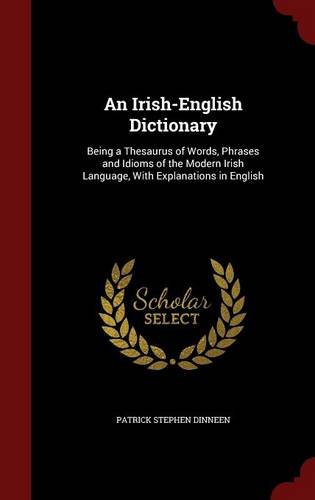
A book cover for An Irish-English Dictionary: Being a Thesaurus of Words, Phrases and Idioms of the Modern Irish Language, With Explanations in English; Patrick Stephen Dinneen; Travel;